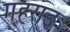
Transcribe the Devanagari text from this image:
गहराइ